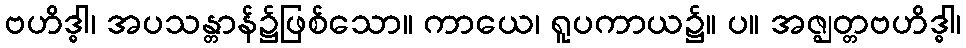
ဗဟိဒ္ဓါ၊ အပသန္တာန်၌ဖြစ်သော။ ကာယေ၊ ရူပကာယ၌။ ပ။ အဇ္ဈတ္တဗဟိဒ္ဓါ၊